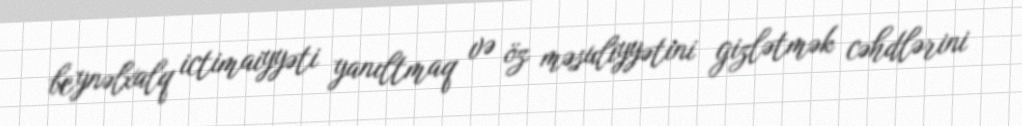
beynəlxalq ictimaiyyəti yanıltmaq və öz məsuliyyətini gizlətmək cəhdlərini